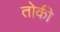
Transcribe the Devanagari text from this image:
तोकी